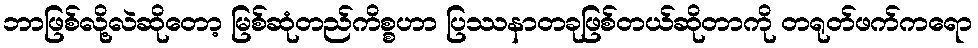
ဘာဖြစ်လို့လဲဆိုတော့ မြစ်ဆုံတည်ကိစ္စဟာ ပြဿနာတခုဖြစ်တယ်ဆိုတာကို တရုတ်ဖက်ကရော